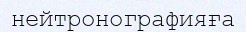
нейтронографияға